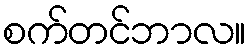
စက်တင်ဘာလ။